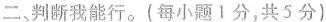
二、判断我能行。(每小题1分，共5分)